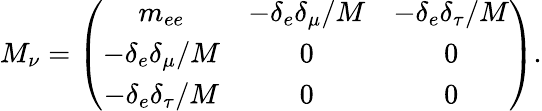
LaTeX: M_{\nu}=\left(\begin{array}{ccc}{{m_{ee}}}&{{-\delta_{e}\delta_{\mu}/M}}&{{-\delta_{e}\delta_{\tau}/M}}\\ {{-\delta_{e}\delta_{\mu}/M}}&{{0}}&{{0}}\\ {{-\delta_{e}\delta_{\tau}/M}}&{{0}}&{{0}}\end{array}\right).